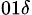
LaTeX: _{01\delta}